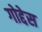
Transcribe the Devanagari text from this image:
गोद्देस